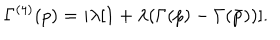
\Gamma ^ { ( 4 ) } ( p ) = i \lambda [ 1 + \lambda ( \Gamma ( p ) - \Gamma ( \bar { p } ) ) ] .